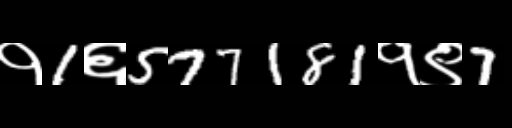
Text: १1६577181१९7